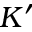
K ^ { \prime }